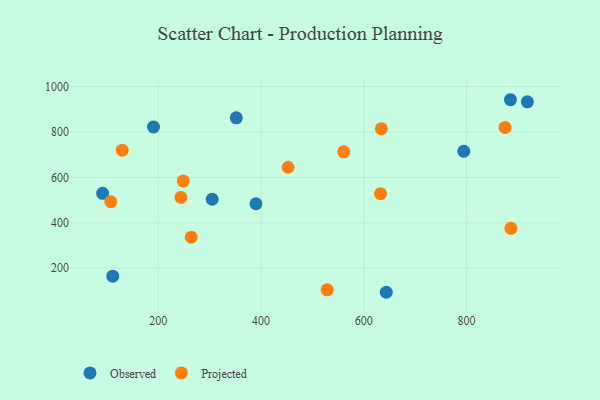
{"axis": {"x": "Distance", "y": "Profit"}, "legend": ["Observed", "Projected"], "data": [{"x": "390.2", "y": 483.9, "type": "Observed"}, {"x": "111.7", "y": 164.7, "type": "Observed"}, {"x": "352.0", "y": 862.6, "type": "Observed"}, {"x": "794.6", "y": 715.3, "type": "Observed"}, {"x": "918.3", "y": 933.1, "type": "Observed"}, {"x": "305.1", "y": 503.8, "type": "Observed"}, {"x": "190.9", "y": 822.2, "type": "Observed"}, {"x": "885.3", "y": 942.4, "type": "Observed"}, {"x": "91.9", "y": 530.1, "type": "Observed"}, {"x": "643.8", "y": 93.9, "type": "Observed"}, {"x": "886.3", "y": 375.7, "type": "Projected"}, {"x": "452.8", "y": 644.9, "type": "Projected"}, {"x": "130.0", "y": 720.2, "type": "Projected"}, {"x": "632.6", "y": 528.4, "type": "Projected"}, {"x": "248.9", "y": 584.6, "type": "Projected"}, {"x": "244.3", "y": 511.8, "type": "Projected"}, {"x": "561.0", "y": 712.6, "type": "Projected"}, {"x": "264.3", "y": 336.3, "type": "Projected"}, {"x": "634.3", "y": 814.8, "type": "Projected"}, {"x": "874.8", "y": 820.2, "type": "Projected"}, {"x": "528.7", "y": 104.6, "type": "Projected"}, {"x": "107.8", "y": 492.9, "type": "Projected"}]}